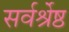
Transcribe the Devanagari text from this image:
सर्वर्श्रेष्ठ